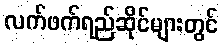
လက်ဖက်ရည်ဆိုင်များတွင်